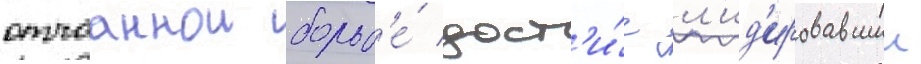
отчааннои борьб'е́ дост'и́г л'ид'ировавшии